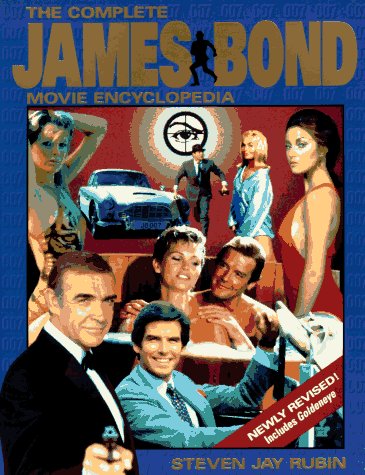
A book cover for The Complete James Bond Movie Encyclopedia; Steven Jay Rubin; Humor & Entertainment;